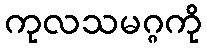
ကုလသမဂ္ဂကို